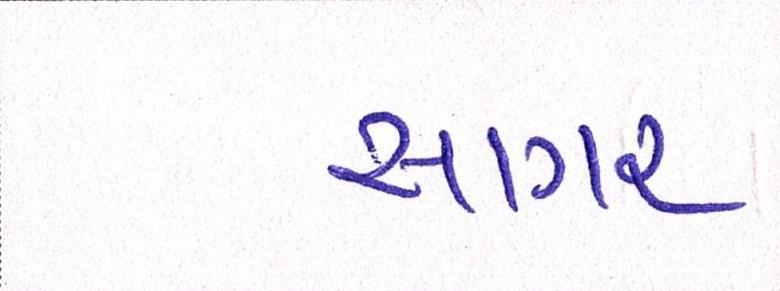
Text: સાગર